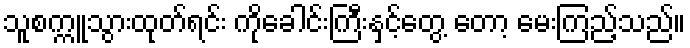
သူစက္ကူသွားထုတ်ရင်း ကိုခေါင်းကြီးနှင့်တွေ့ တော့ မေးကြည့်သည်။